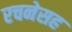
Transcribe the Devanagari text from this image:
रचनेसह